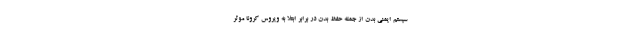
سیستم ایمنی بدن از جمله حفظ بدن در برابر ابتلا به ویروس کرونا موثر